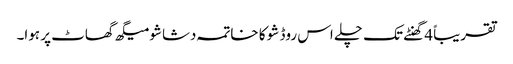
تقریباً 4 گھنٹے تک چلے اس روڈ شو کا خاتمہ دشاشو میگھ گھاٹ پر ہوا۔